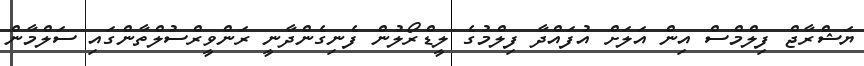
ޔަޝްރާޖް ފިލްމްސް އިން އަލަށް އުފައްދާ ފިލްމުގެ ލީޑްރޯލުން ފެނިގެންދާނީ ރަންވީރްސުލްތާންގައި ސަލްމާން